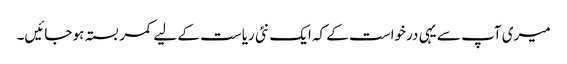
میری آپ سے یہی درخواست کے کہ ایک نئی ریاست کے لیے کمر بستہ ہو جائیں۔